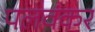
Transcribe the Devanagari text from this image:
पलवंकर